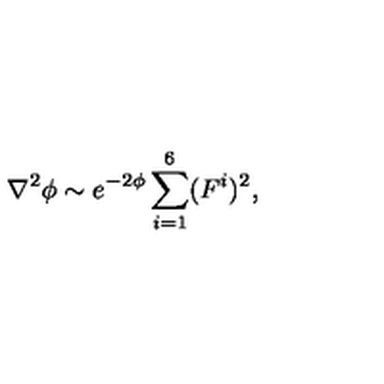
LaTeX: \nabla ^ { 2 } \phi \sim e ^ { - 2 \phi } \sum _ { i = 1 } ^ { 6 } ( F ^ { i } ) ^ { 2 } ,